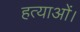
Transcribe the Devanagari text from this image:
हत्याओं।